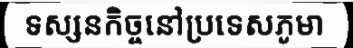
ទស្សនកិច្ចនៅប្រទេសភូមា